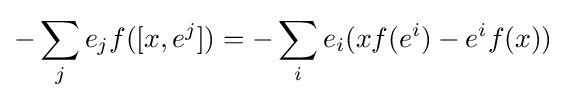
-\sum _{j}e_{j}f([x,e^{j}])=-\sum _{i}e_{i}(xf(e^{i})-e^{i}f(x))